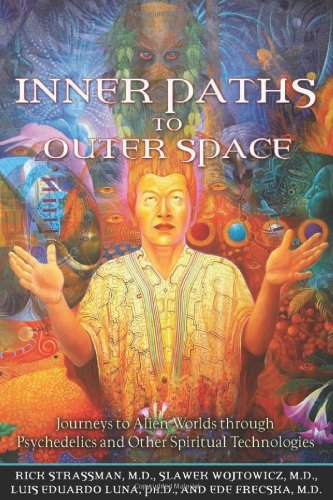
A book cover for Inner Paths to Outer Space: Journeys to Alien Worlds through Psychedelics and Other Spiritual Technologies; Rick Strassman MD; Literature & Fiction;